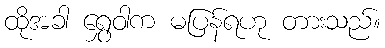
ထိုအခါ ရွှေဝါက မပြန်ရဟု တားသည်။